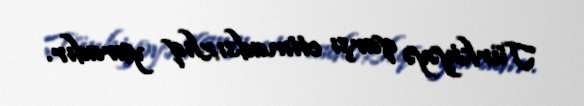
Türkiyəyə qarşı etimadsızlıq yaradır.